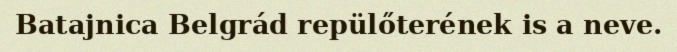
Batajnica Belgrád repülőterének is a neve.